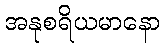
အနုစရိယမာနော